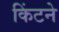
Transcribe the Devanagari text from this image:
किंटने